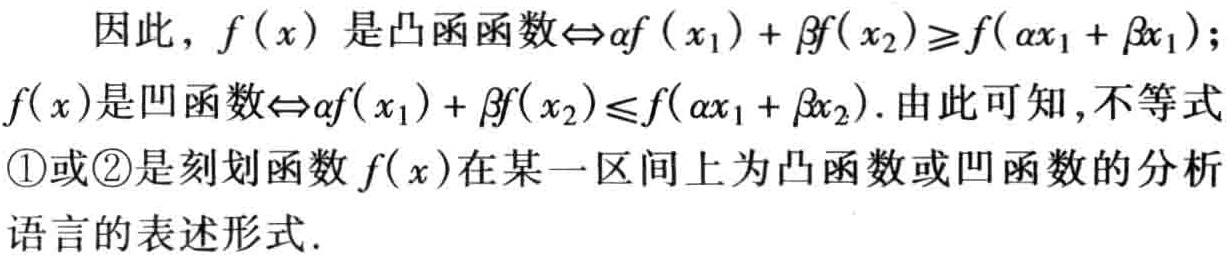
因此，\(f(x)\) 是凸函函数\(\Leftrightarrow\alpha f(x_1) + \beta f(x_2)\geqslant f(\alpha x_1 + \beta x_1)\)；\(f(x)\)是凹函数\(\Leftrightarrow\alpha f(x_1) + \beta f(x_2)\leqslant f(\alpha x_1 + \beta x_2)\). 由此可知，不等式\textcircled{1}或\textcircled{2}是刻划函数 \(f(x)\)在某一区间上为凸函数或凹函数的分析语言的表述形式.